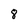
Character: 8